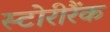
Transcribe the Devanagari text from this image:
स्टोरीरैंक